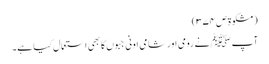
(مشکوۃ ص ۳۷۴)
آپ ﷺ نے رومی اور شامی اونی جبوں کا بھی استعمال کیا ہے۔